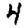
Digit: 4